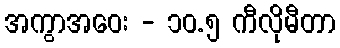
အကွာအဝေး - ၁၀.၅ ကီလိုမီတာ